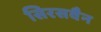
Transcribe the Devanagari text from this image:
सिरसवैन